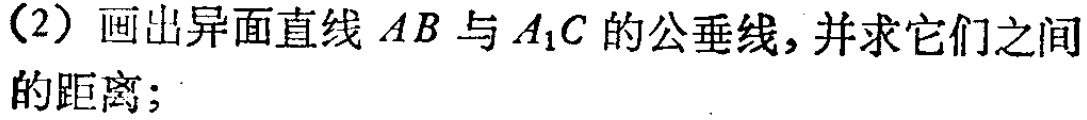
（2）画出异面直线 \(AB\) 与 \(A_{1}C\) 的公垂线，并求它们之间的距离；